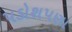
પડોશપણા